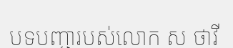
បទបញ្ជារបស់លោក ស ថាវី